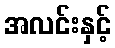
အလင်းနှင့်